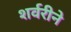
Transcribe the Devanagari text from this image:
शर्वरीने